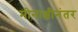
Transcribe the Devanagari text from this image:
मीनाक्षीनंतर